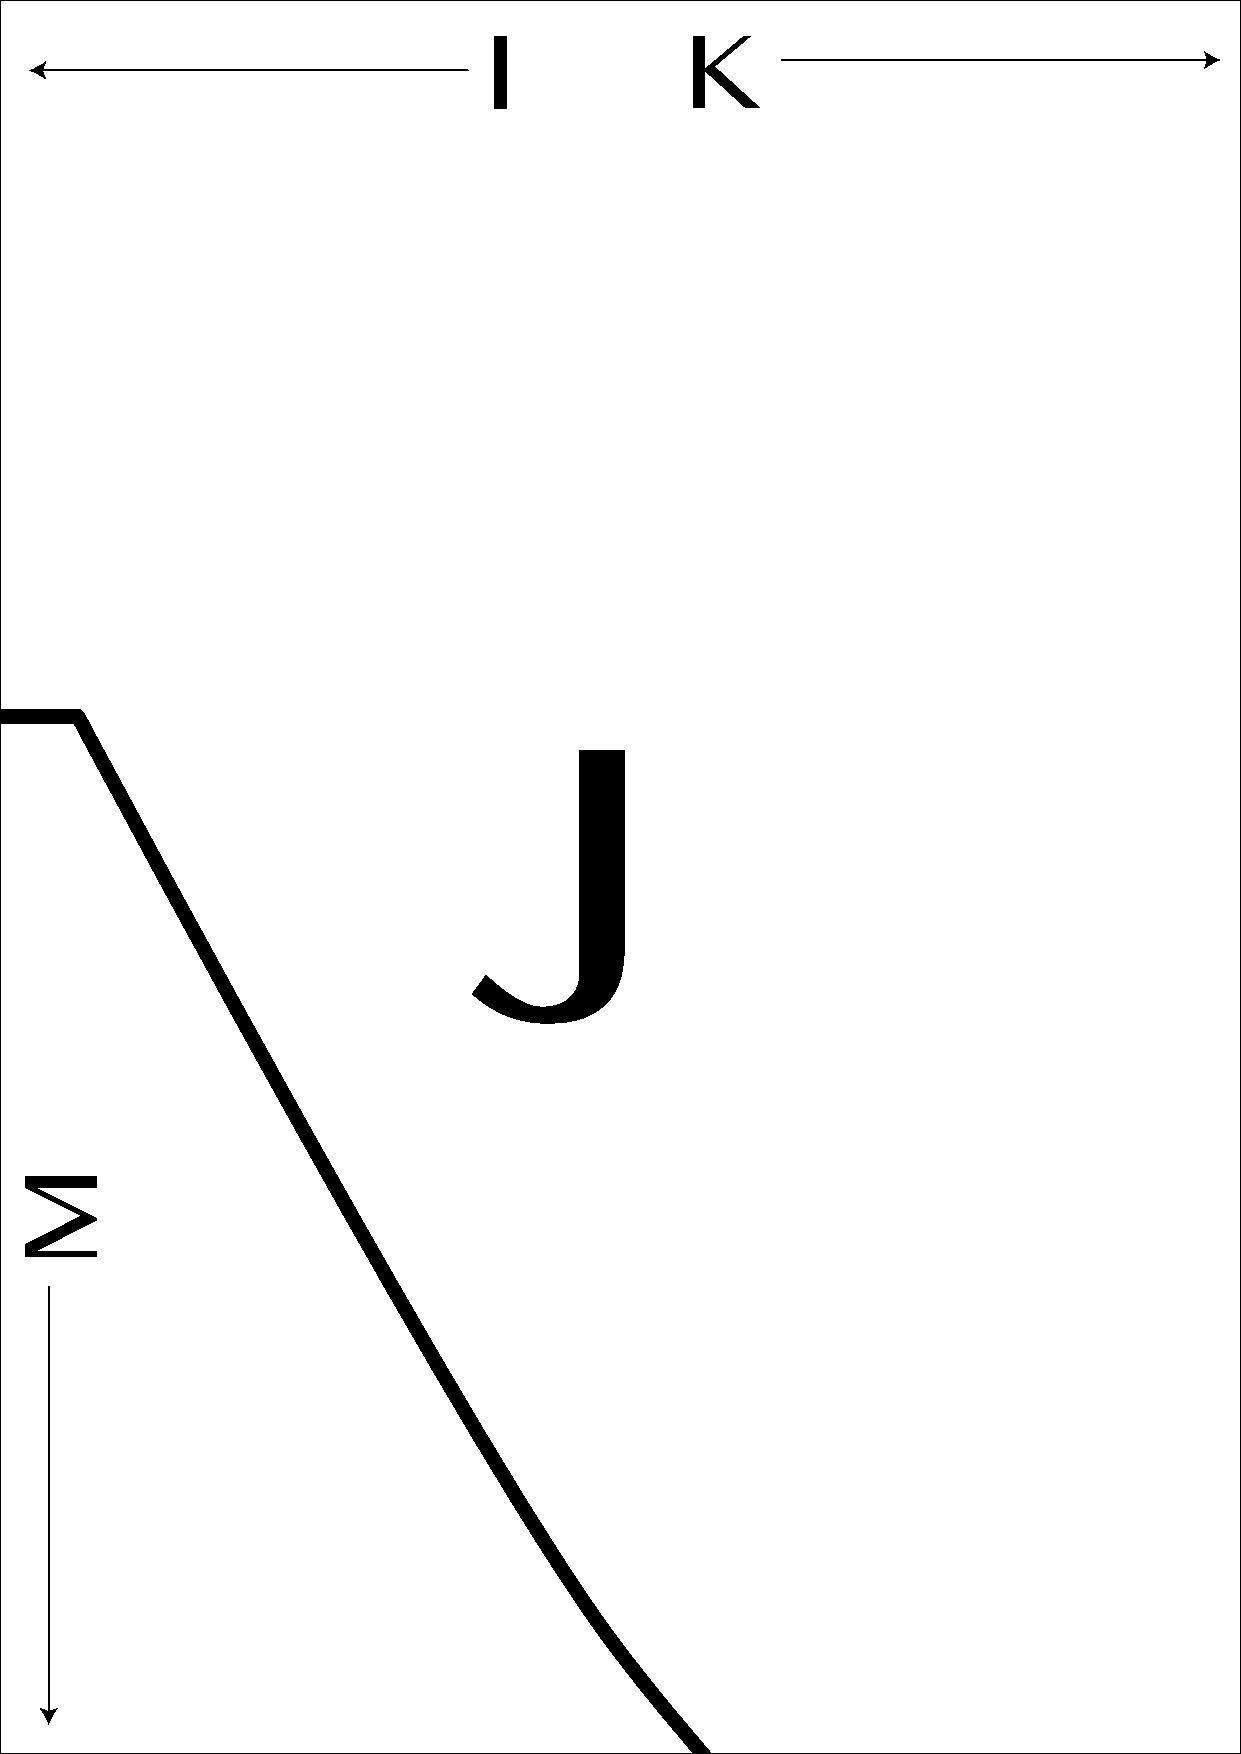
I  I         KK
 JJ
 I            K
 M  M